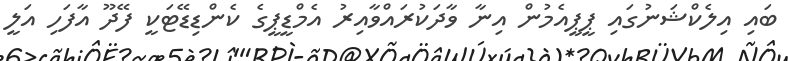
ބައި އިލެކްޝަނުގައި ޕީޕީއެމުން އިނާ ވާދަކުރައްވާއިރު އެމްޑީޕީގެ ކެންޑިޑޭޓަކީ ފޭދޫ އާފަހި އަލީ